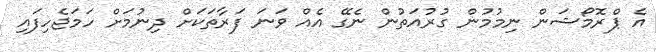
އެ ޕްރޮމޯޝަން ނިމުމުން ގުރުއަތުން ނެގޭ އެއް ވަނަ ފަރާތަކަށް ދިނުމަށް ހަމަޖެހިފައި